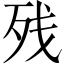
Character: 残